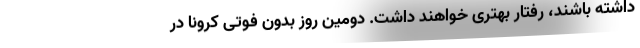
داشته باشند، رفتار بهتری خواهند داشت. دومین روز بدون فوتی کرونا در